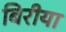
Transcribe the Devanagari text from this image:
बिरीया